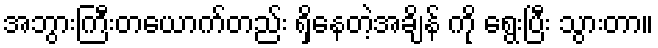
အဘွားကြီးတယောက်တည်း ရှိနေတဲ့အချိန် ကို ရွေးပြီး သွားတာ။